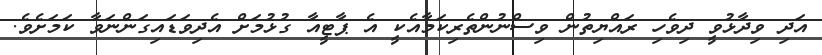
އަދި ވިދާޅުވީ ދިވެހި ރައްޔިތުން ވިސްނުންތެރިކަމާއެކީ އެ ޕާޓީއާ ގުޅުމަށް އެދިވަޑައިގަންނަވާ ކަމަށެވެ.